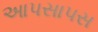
આપસાપસ